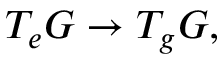
T _ { e } G \to T _ { g } G ,